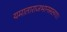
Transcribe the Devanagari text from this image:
यमाताराजभानसलगा।